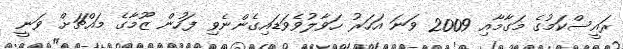
ރައީސްކަމުގެ މަގާމާއި 2009 ވަނަ އަހަރު ހަވާލުވެވަޑައިގެންނެވި ފަހުން ޒޫމާގެ މައްޗަށް ވަނީ